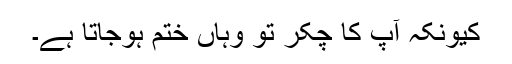
کیونکہ آپ کا چکّر تو وہاں ختم ہوجاتا ہے۔